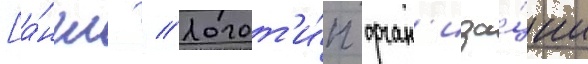
[а́нгл. // Логот'и́п орган'иза́ции